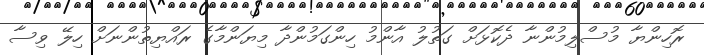
ރޮހިންޔާ މުސްލިމުންނާ ދެކޮޅަށް ގަތުލު އާންމު ހިންގަމުންދާ މިޔަންމާގެ ރައްޔިތުންނަށް ހިލޭ ވިސާ